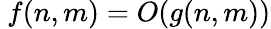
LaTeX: ~f(n,m)=O(g(n,m))